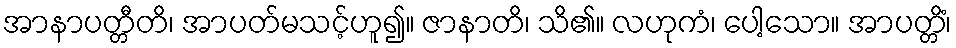
အာနာပတ္တီတိ၊ အာပတ်မသင့်ဟူ၍။ ဇာနာတိ၊ သိ၏။ လဟုကံ၊ ပေါ့သော။ အာပတ္တိံ၊